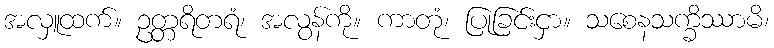
အလှူထက်။ ဥတ္တရိတရံ၊ အလွန်ကို။ ကာတုံ၊ ပြုခြင်းငှာ။ သစေနသက္ခိဿာမိ၊